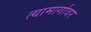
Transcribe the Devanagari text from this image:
त्यामार्गावर